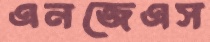
এনজেএস